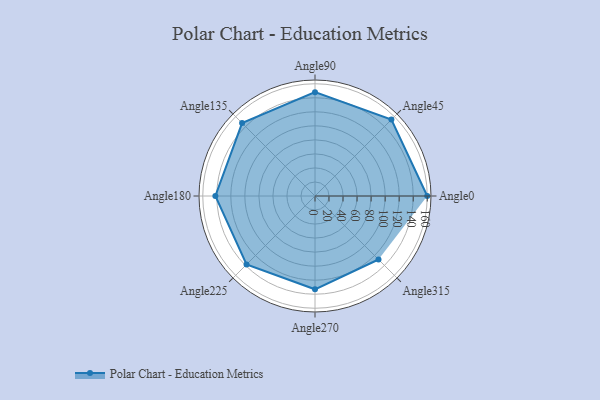
{"axis": {"x": "Angle", "y": "Radius"}, "legend": [""], "data": [{"x": "Angle0", "y": 160.0, "type": ""}, {"x": "Angle45", "y": 154.0, "type": ""}, {"x": "Angle90", "y": 148.0, "type": ""}, {"x": "Angle135", "y": 147.0, "type": ""}, {"x": "Angle180", "y": 142.0, "type": ""}, {"x": "Angle225", "y": 138.0, "type": ""}, {"x": "Angle270", "y": 133.0, "type": ""}, {"x": "Angle315", "y": 128.0, "type": ""}]}